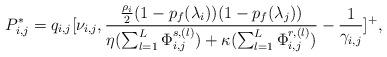
LaTeX: \begin{align*} P_{i,j}^{*} =q_{i,j} [\nu _{i,j} ,\frac{\frac{\rho _{i} }{2} (1-p_{f} (\lambda _{i} ))(1-p_{f} (\lambda _{j} ))}{\eta (\sum _{l=1}^{L}\Phi _{i,j}^{s,(l)} )+\kappa (\sum _{l=1}^{L}\Phi _{i,j}^{r,(l)} )} -\frac{1}{\gamma _{i,j} } ]^{+} , \end{align*}